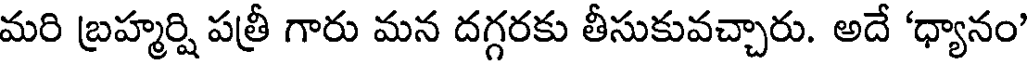
మరి బ్రహ్మర్షి పత్రీ గారు మన దగ్గరకు తీసుకువచ్చారు. అదే 'ధ్యానం'